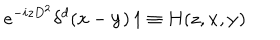
e ^ { - i z D ^ { 2 } } \delta ^ { d } ( { \mathbf { x } } - { \mathbf { y } } ) \, 1 \equiv H ( z , { \mathbf { x } } , { { \mathbf { y } } } )